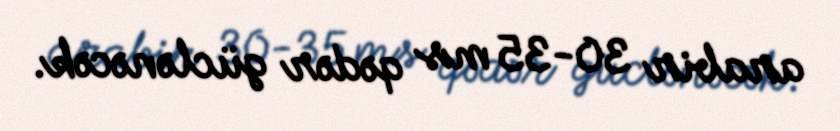
arabir 30-35 ms qədər güclənəcək.